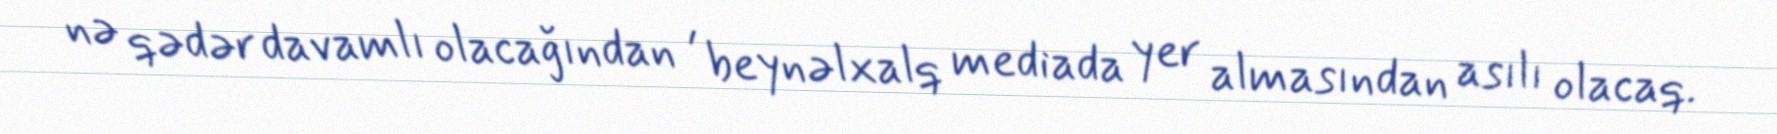
nə qədər davamlı olacağından , beynəlxalq mediada yer almasından asılı olacaq.